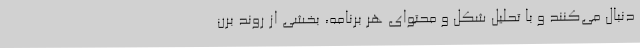
دنبال می‌کنند و با تحلیل شکل و محتوای هر برنامه، بخشی از روند برن